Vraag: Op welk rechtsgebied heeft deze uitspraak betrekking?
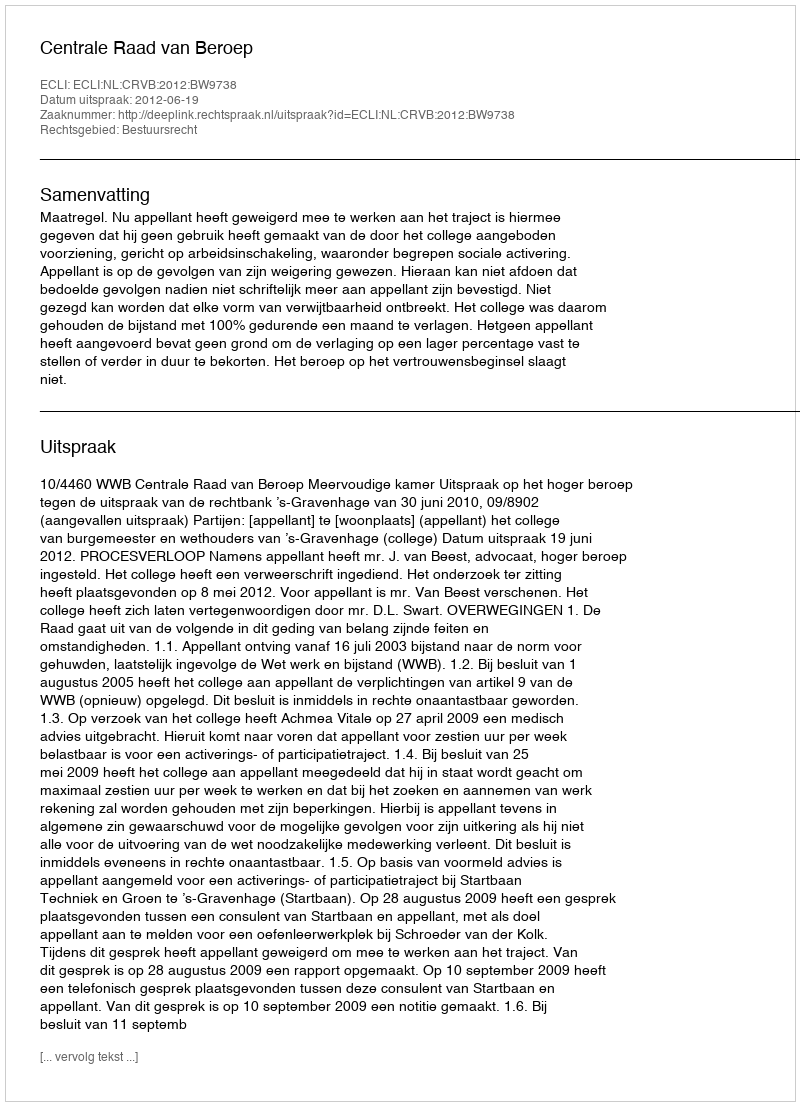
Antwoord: Bestuursrecht